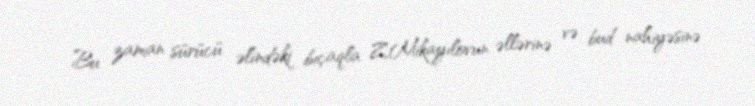
Bu zaman sürücü əlindəki bıçaqla Z.Mikayılovun əllərinə və bud nahiyəsinə